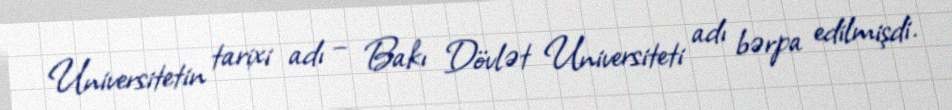
Universitetin tarixi adı – Bakı Dövlət Universiteti adı bərpa edilmişdi.